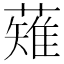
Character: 薙